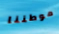
موطننا